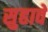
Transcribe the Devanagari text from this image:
सुहावे